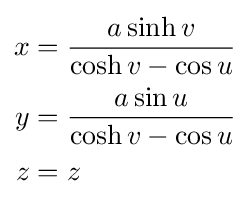
{\begin{aligned}x&={\frac {a\sinh v}{\cosh v-\cos u}}\\y&={\frac {a\sin u}{\cosh v-\cos u}}\\z&=z\end{aligned}}